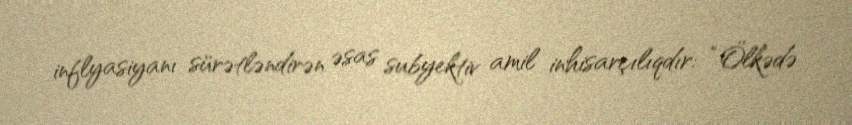
inflyasiyanı sürətləndirən əsas subyektiv amil inhisarçılıqdır: “Ölkədə